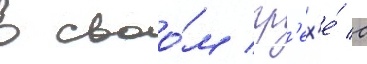
в своо́м гр'ех'е́ с